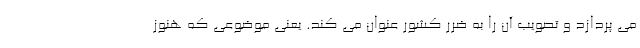
می پردازد و تصویب آن را به ضرر کشور عنوان می کند. یعنی موضوعی که هنوز